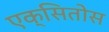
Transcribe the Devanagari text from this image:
एक्सितोस